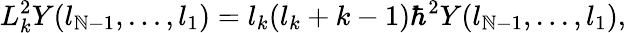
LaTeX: L_{k}^{2}Y(l_{\mathbb{N}-1},...,l_{1})=l_{k}(l_{k}+k-1)\hbar^{2}Y(l_{\mathbb{N}-1},...,l_{1}),